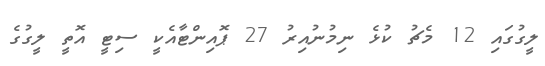
ލީގުގައި 12 މެޗު ކުޅެ ނިމުނުއިރު 27 ޕޮއިންޓާއެކީ ސިޓީ އޮތީ ލީގުގެ